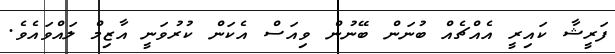
ފަރީޝާ ކައިރީ އެއްޗެއް ބުނަން ބޭނުން ވިއަސް އެކަން ކުރުވަނީ އާޒިމް ލައްވައެވެ.